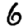
Digit: 6